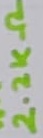
Text: 2.2KΩ